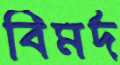
বিমর্দ